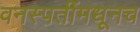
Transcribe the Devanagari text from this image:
वनस्पतींमधूनच